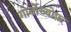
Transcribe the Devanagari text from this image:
गोर्बोच्योफ़